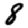
Digit: 8